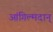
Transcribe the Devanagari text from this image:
आंगिल्मदान्